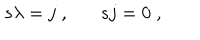
LaTeX: s \lambda = j \; , s j = 0 \; ,